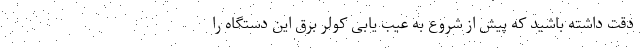
دقت داشته باشید که پیش از شروع به عیب یابی کولر برق این دستگاه را